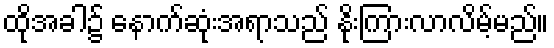
ထိုအခါ၌ နောက်ဆုံးအရာသည် နိုးကြားလာလိမ့်မည်။